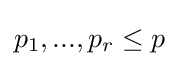
p_{1},...,p_{r}\leq p